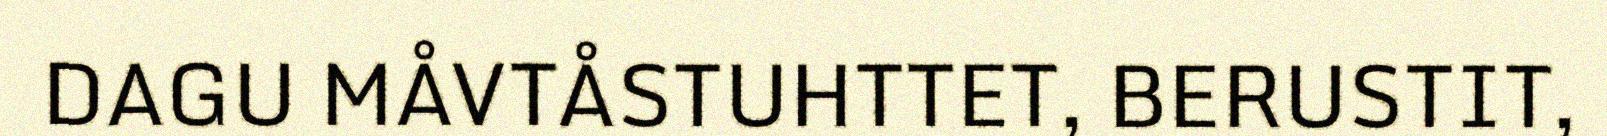
DAGU MÅVTÅSTUHTTET, BERUSTIT,